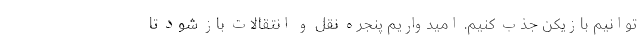
‌توانیم بازیکن جذب کنیم. امیدواریم پنجره نقل و انتقالات باز شود تا